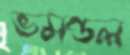
ভমণ্ডল